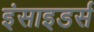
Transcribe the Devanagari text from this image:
इंसाइडर्स